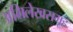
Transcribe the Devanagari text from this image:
अभिलेखसमूह